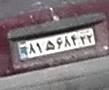
۸۱ه۶۸۴۲۲